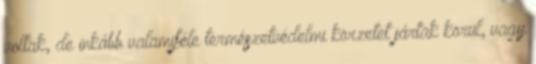
voltak, de inkább valamiféle természetvédelmi körzetet jártak körül, vagy